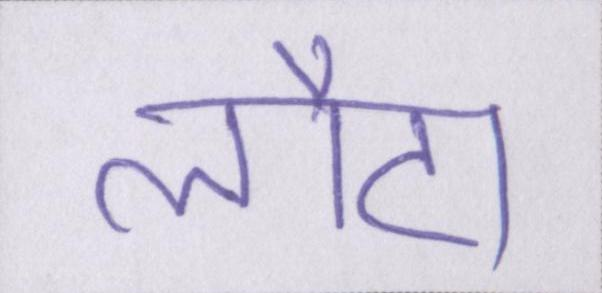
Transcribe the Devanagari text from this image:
लौटा